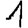
Digit: 1